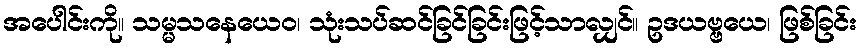
အပေါင်းကို။ သမ္မသနေယေဝ၊ သုံးသပ်ဆင်ခြင်ခြင်းဖြင့်သာလျှင်။ ဥဒယဗ္ဗယေ၊ ဖြစ်ခြင်း